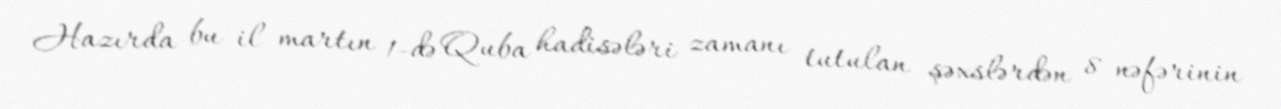
Hazırda bu il martın 1-də Quba hadisələri zamanı tutulan şəxslərdən 8 nəfərinin